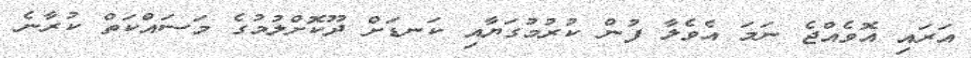
އަރައި އޮވެއްޖެ ނަމަ އެވެލާ ފުން ކުރުމުގަޔާއި ކަނޑަށް ދޫކޮށްލުމުގެ މަސައްކަތް ކުރާނެ